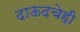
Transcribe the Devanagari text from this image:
दाऊदचेही